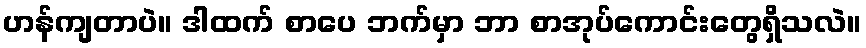
ဟန်ကျတာပဲ။ ဒါထက် စာပေ ဘက်မှာ ဘာ စာအုပ်ကောင်းတွေရှိသလဲ။